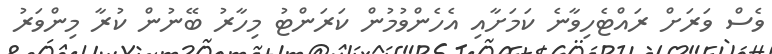
ވެސް ވަރަށް ރައްޓެހިވާނެ ކަމަށާއި އެހެންވުމުން ކަރަންޓު މިހާރު ބޭނުން ކުރާ މިންވަރު